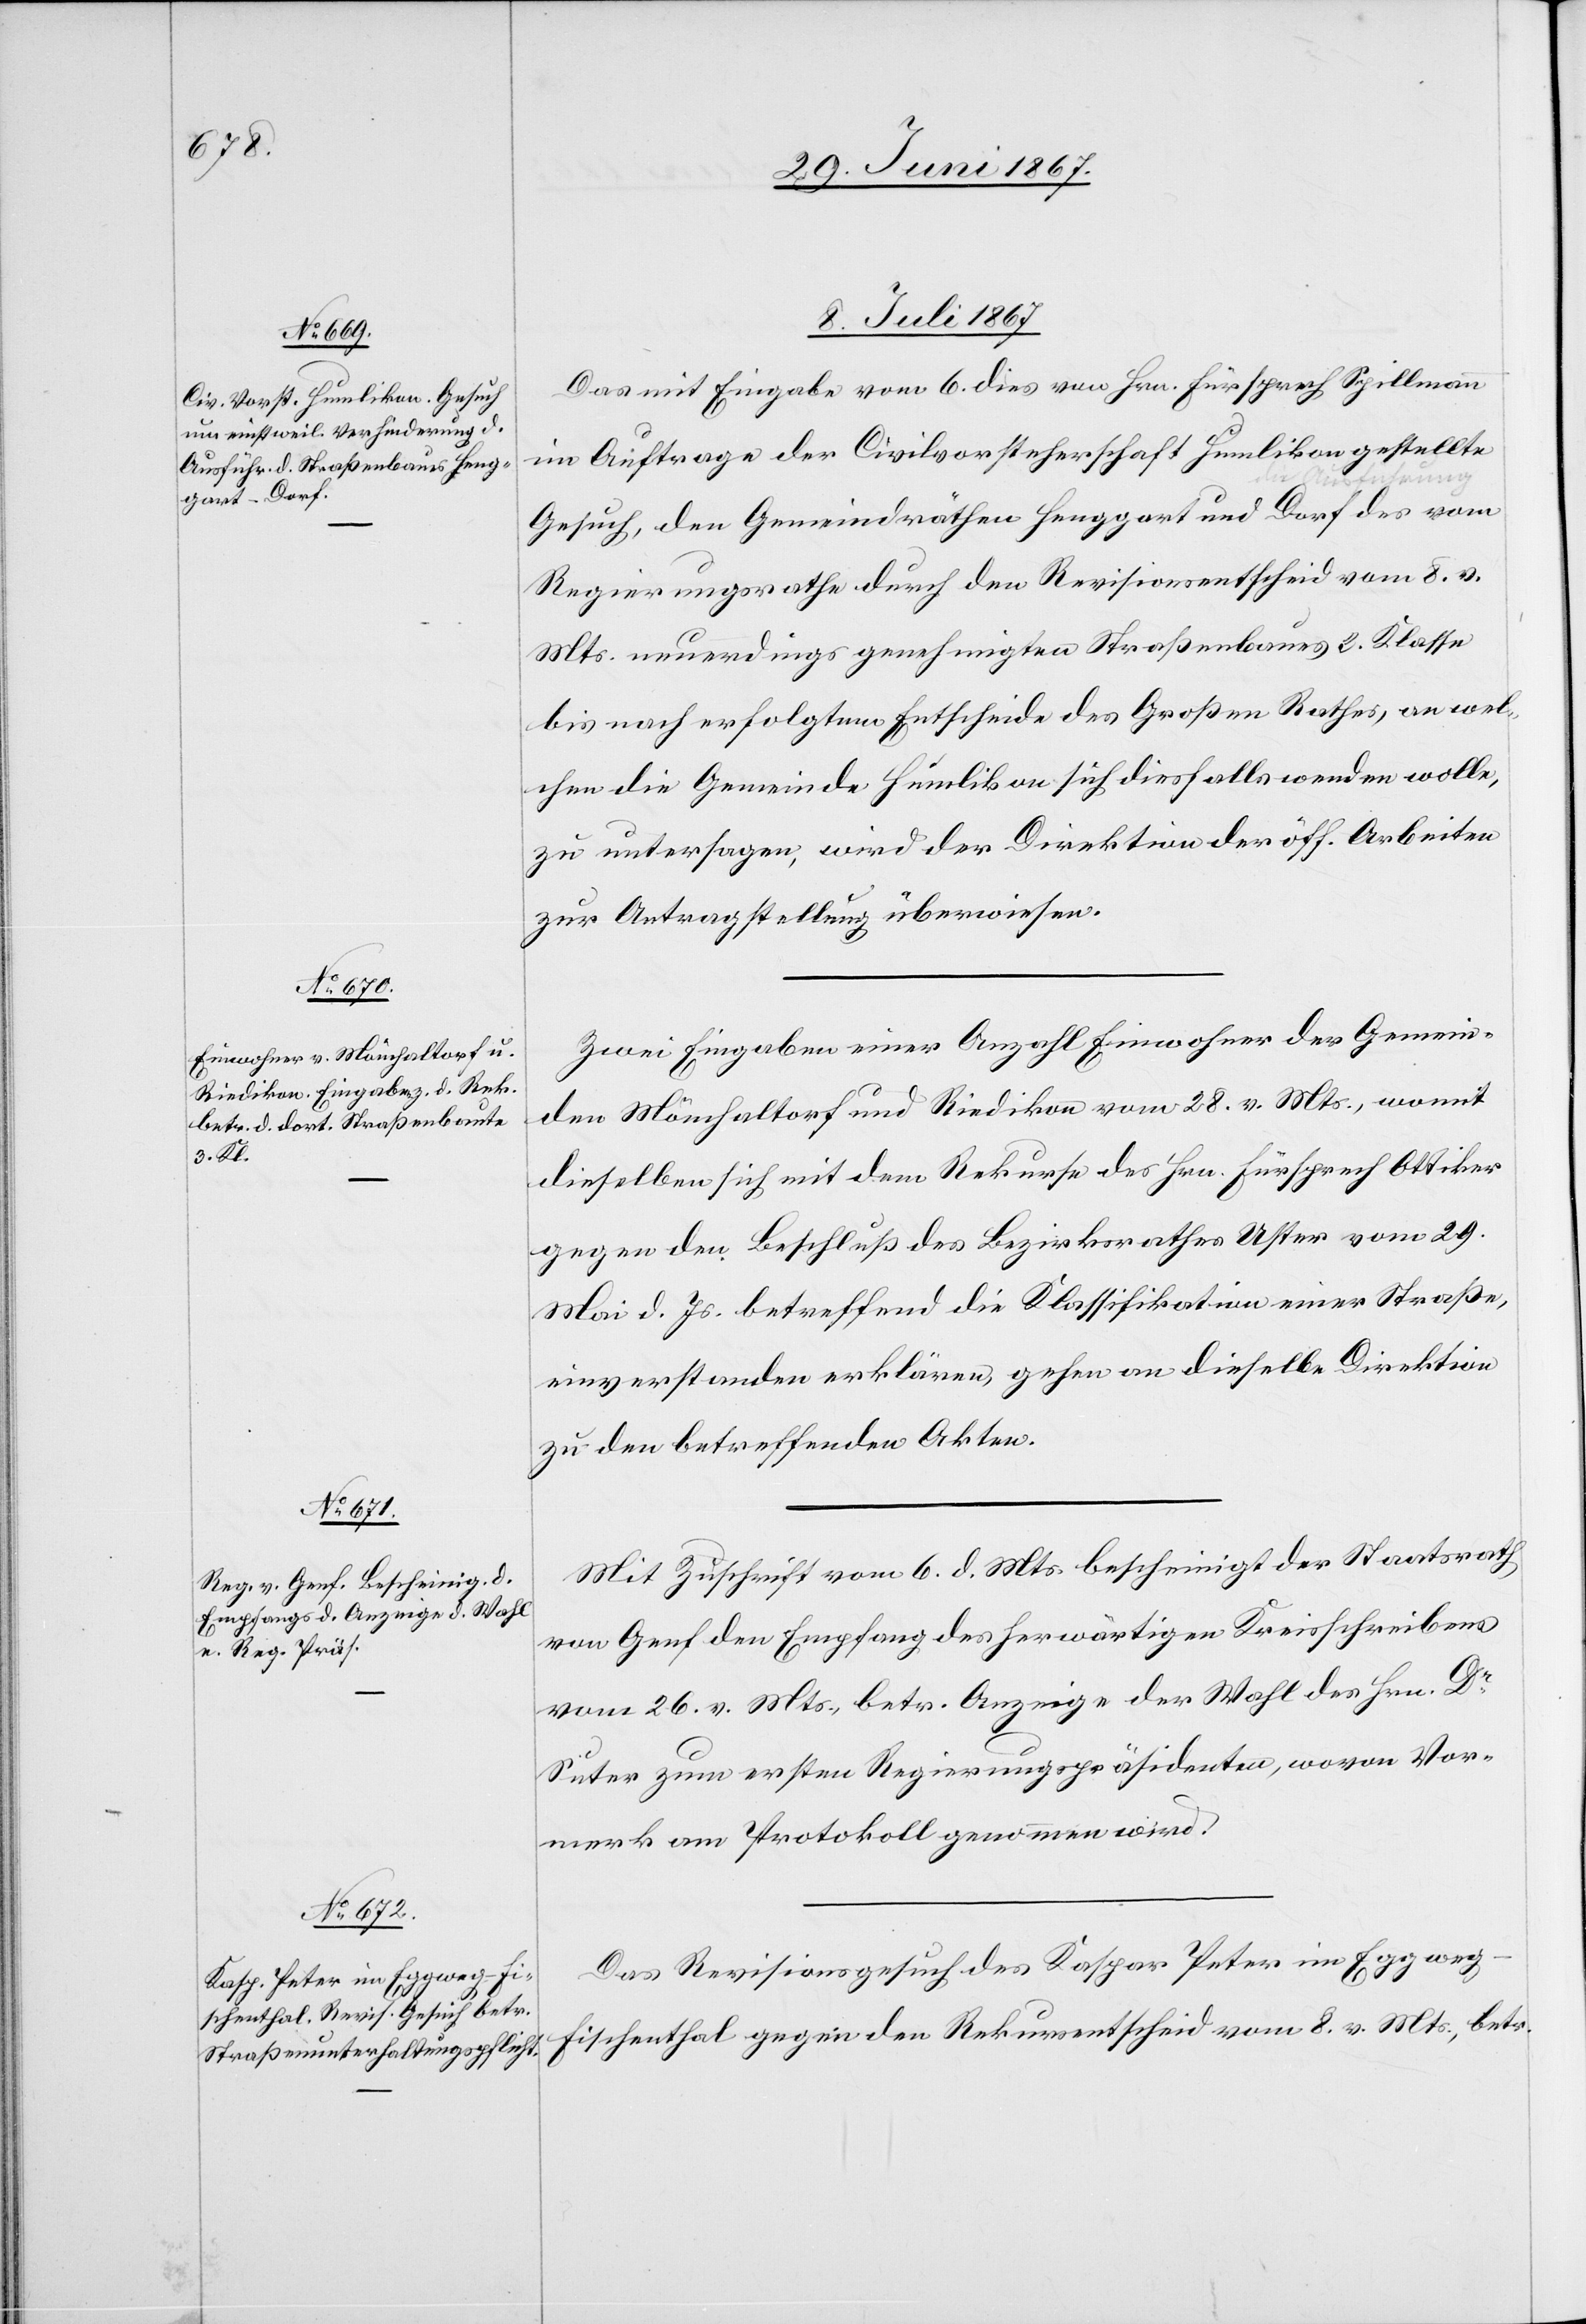
8. Juli 1867.]
Das mit Eingabe vom 6. dies von Hrn. Fürsprech Spillmann
im Auftrage der Civilvorsteherschaft Humlikon gestellte
Gesuch, den Gemeindräthen Henggart und Dorf a-die
Regierungsrathe durch den Revisionsentscheid vom 8. v.
Mts. neuerdings genehmigten Straßenbaues 3. Klasse
bis nach erfolgtem Entscheide des Großen Rathes, an wel¬
chen die Gemeinde Humlikon sich diesfalls wenden wolle,
zu untersagen, wird der Direktion der öff. Arbeiten
zur Antragstellung überwiesen.
Zwei Eingaben einer Anzahl Einwohner der Gemein¬
den Mönchaltorf und Riedikon vom 28. v. Mts., womit
dieselben sich mit dem Rekurse des Hrn. Fürsprech Ottiker
gegen den Beschluß des Bezirksrathes Uster vom 29.
Mai d. Js betreffend die Klassifikation einer Straße,
einverstanden erklären, gehen an dieselbe Direktion
zu den betreffenden Akten.
Mit Zuschrift vom 6. d. Mts. bescheinigt der Staatsrath
von Genf den Empfang des herwärtigen Kreisschreibens
vom 26. v. Mts., betr. Anzeige der Wahl des Hrn. Dr.
Suter zum ersten Regierungspräsidenten, wovon Vor¬
merk am Protokoll genommen wird.
Das Revisionsgesuch des Kaspar Peter im Eggwe¬
g-Fischenthal gegen den Rekursentscheid vom 8. v. Mts., betr.